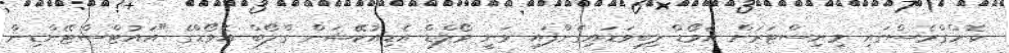
ކޮންގްރެސްގައި މިނިސްޓަރަށް އެވޯޑް ލިބިވަޑައިގެންފައި ވަނީ ވޯލްޑް އެޑިއުކޭޝަން ގްލޯބް އެވޯޑްގެ "އައުޓްސްޓޭންޑިން